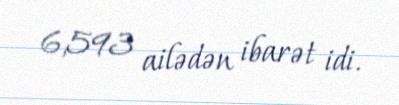
6,593 ailədən ibarət idi.